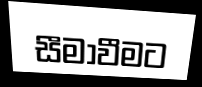
සීමාවීමට